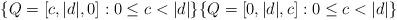
LaTeX: \begin{align*}\{Q=[c,|d|,0] : 0\leq c < |d|\} \{Q=[0,|d|,c] : 0\leq c < |d|\}\end{align*}